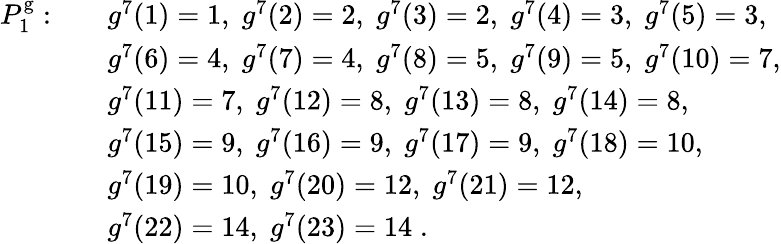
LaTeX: \begin{array}{rl}{P_{1}^{\mathrm{g}}:\quad}&{g^{7}(1)=1,\; g^{7}(2)=2,\; g^{7}(3)=2,\; g^{7}(4)=3,\; g^{7}(5)=3,}\\ &{g^{7}(6)=4,\; g^{7}(7)=4,\; g^{7}(8)=5,\; g^{7}(9)=5,\; g^{7}(10)=7,}\\ &{g^{7}(11)=7,\; g^{7}(12)=8,\; g^{7}(13)=8,\; g^{7}(14)=8,\; }\\ &{g^{7}(15)=9,\; g^{7}(16)=9,\; g^{7}(17)=9,\; g^{7}(18)=10,}\\ &{g^{7}(19)=10,\; g^{7}(20)=12,\; g^{7}(21)=12,}\\ &{g^{7}(22)=14,\; g^{7}(23)=14\; .}\end{array}